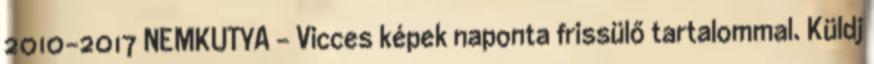
2010-2017 NEMKUTYA - Vicces képek naponta frissülő tartalommal. Küldj